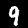
Label: 9